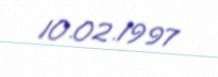
10.02.1997